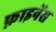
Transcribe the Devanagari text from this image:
फ़ाइनेंस